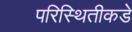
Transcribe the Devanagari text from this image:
परिस्थितीकडे